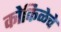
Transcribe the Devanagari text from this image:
कोकिळेचे